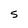
Character: S